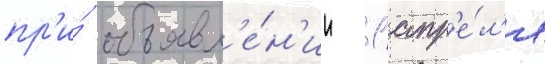
пр'и́ объявл'е́н'ии 1 апр'е́л'я